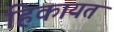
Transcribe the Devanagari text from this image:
हिकायत